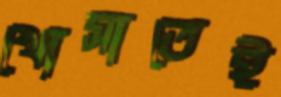
খোসাতেই